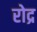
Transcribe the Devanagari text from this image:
रोद्र